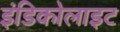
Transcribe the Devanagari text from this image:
इंडिकोलाइट